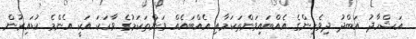
އަޝްހާދު އަބްދު ދިވެހިންގެ އެއްބައިވަންތަކަމާއި އެއްބައެއް ވަންތަކަމުގެ ވާހަކަ އަކީ އެންމެ ކުޑައިރުން